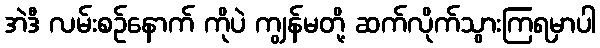
အဲဒီ လမ်းစဉ်နောက် ကိုပဲ ကျွန်မတို့ ဆက်လိုက်သွားကြရမှာပါ